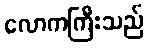
လောကကြီးသည်